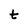
Character: t